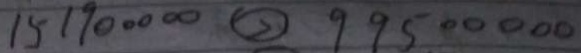
1 5 1 9 0 0 0 0 0 \textcircled { > } 9 9 5 0 0 0 0 0